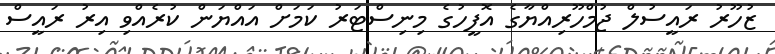
ޒުހޫރު ރައީސުލް ޖުމްހޫރިއްޔާގެ އޮފީހުގެ މިނިސްޓަރު ކަމަށް އައްޔަން ކުރެއްވި އިރު ރައީސް